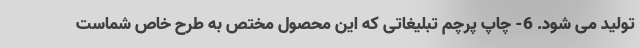
تولید می شود. 6- چاپ پرچم تبلیغاتی که این محصول مختص به طرح خاص شماست